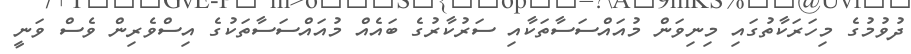
ދުވުމުގެ މިހަރަކާތުގައި މިނިވަން މުއައްސަސާތަކާއި ސަރުކާރުގެ ބައެއް މުއައްސަސާތަކުގެ އިސްވެރިން ވެސް ވަނީ